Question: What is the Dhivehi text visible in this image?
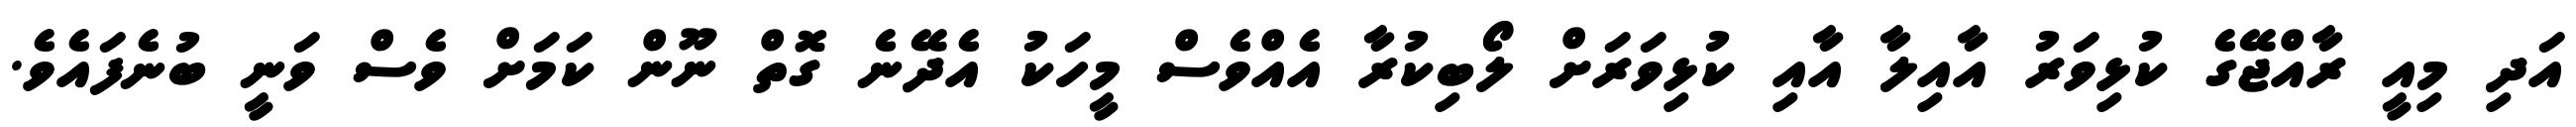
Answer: އަދި މިއީ ރާއްޖޭގެ ކުޅިވަރު އާއިލާ އާއި ކުޅިވަރަށް ލޯބިކުރާ އެއްވެސް މީހަކު އެދޭނެ ގޮތް ނޫން ކަމަށް ވެސް ވަނީ ބުނެފައެވެ.